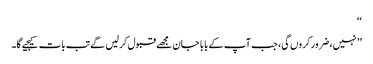
‘‘
’’نہیں، ضرور کروں گی، جب آپ کے بابا جان مجھے قبول کرلیں گے تب بات کیجیے گا۔